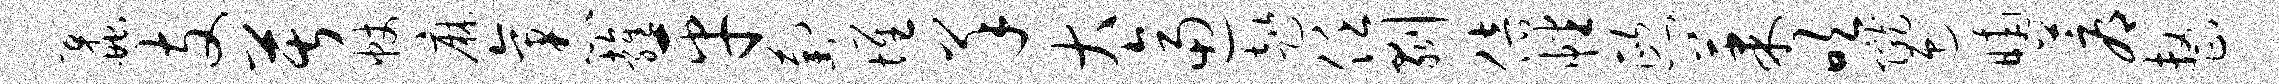
蠡支苦帐麻袤雍平萄堆羊大逼趑任剥倍幡熙果吹陇迎晡蓐整